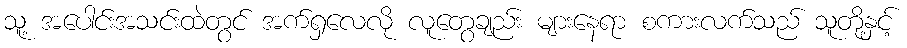
သူ့ အပေါင်းအသင်းထဲတွင် အက်ရှလေလို လူတွေချည်း များနေရာ စကားလက်သည် သူတို့နှင့်